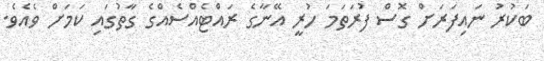
ބަކުރު ނައިފަރަށް ގޮސް ފުރަތަމަ ހުރީ އޭނާގެ ރައްޓެއްސެއްގެ ގާތުގައި ކަމަށް ވެއެވެ.